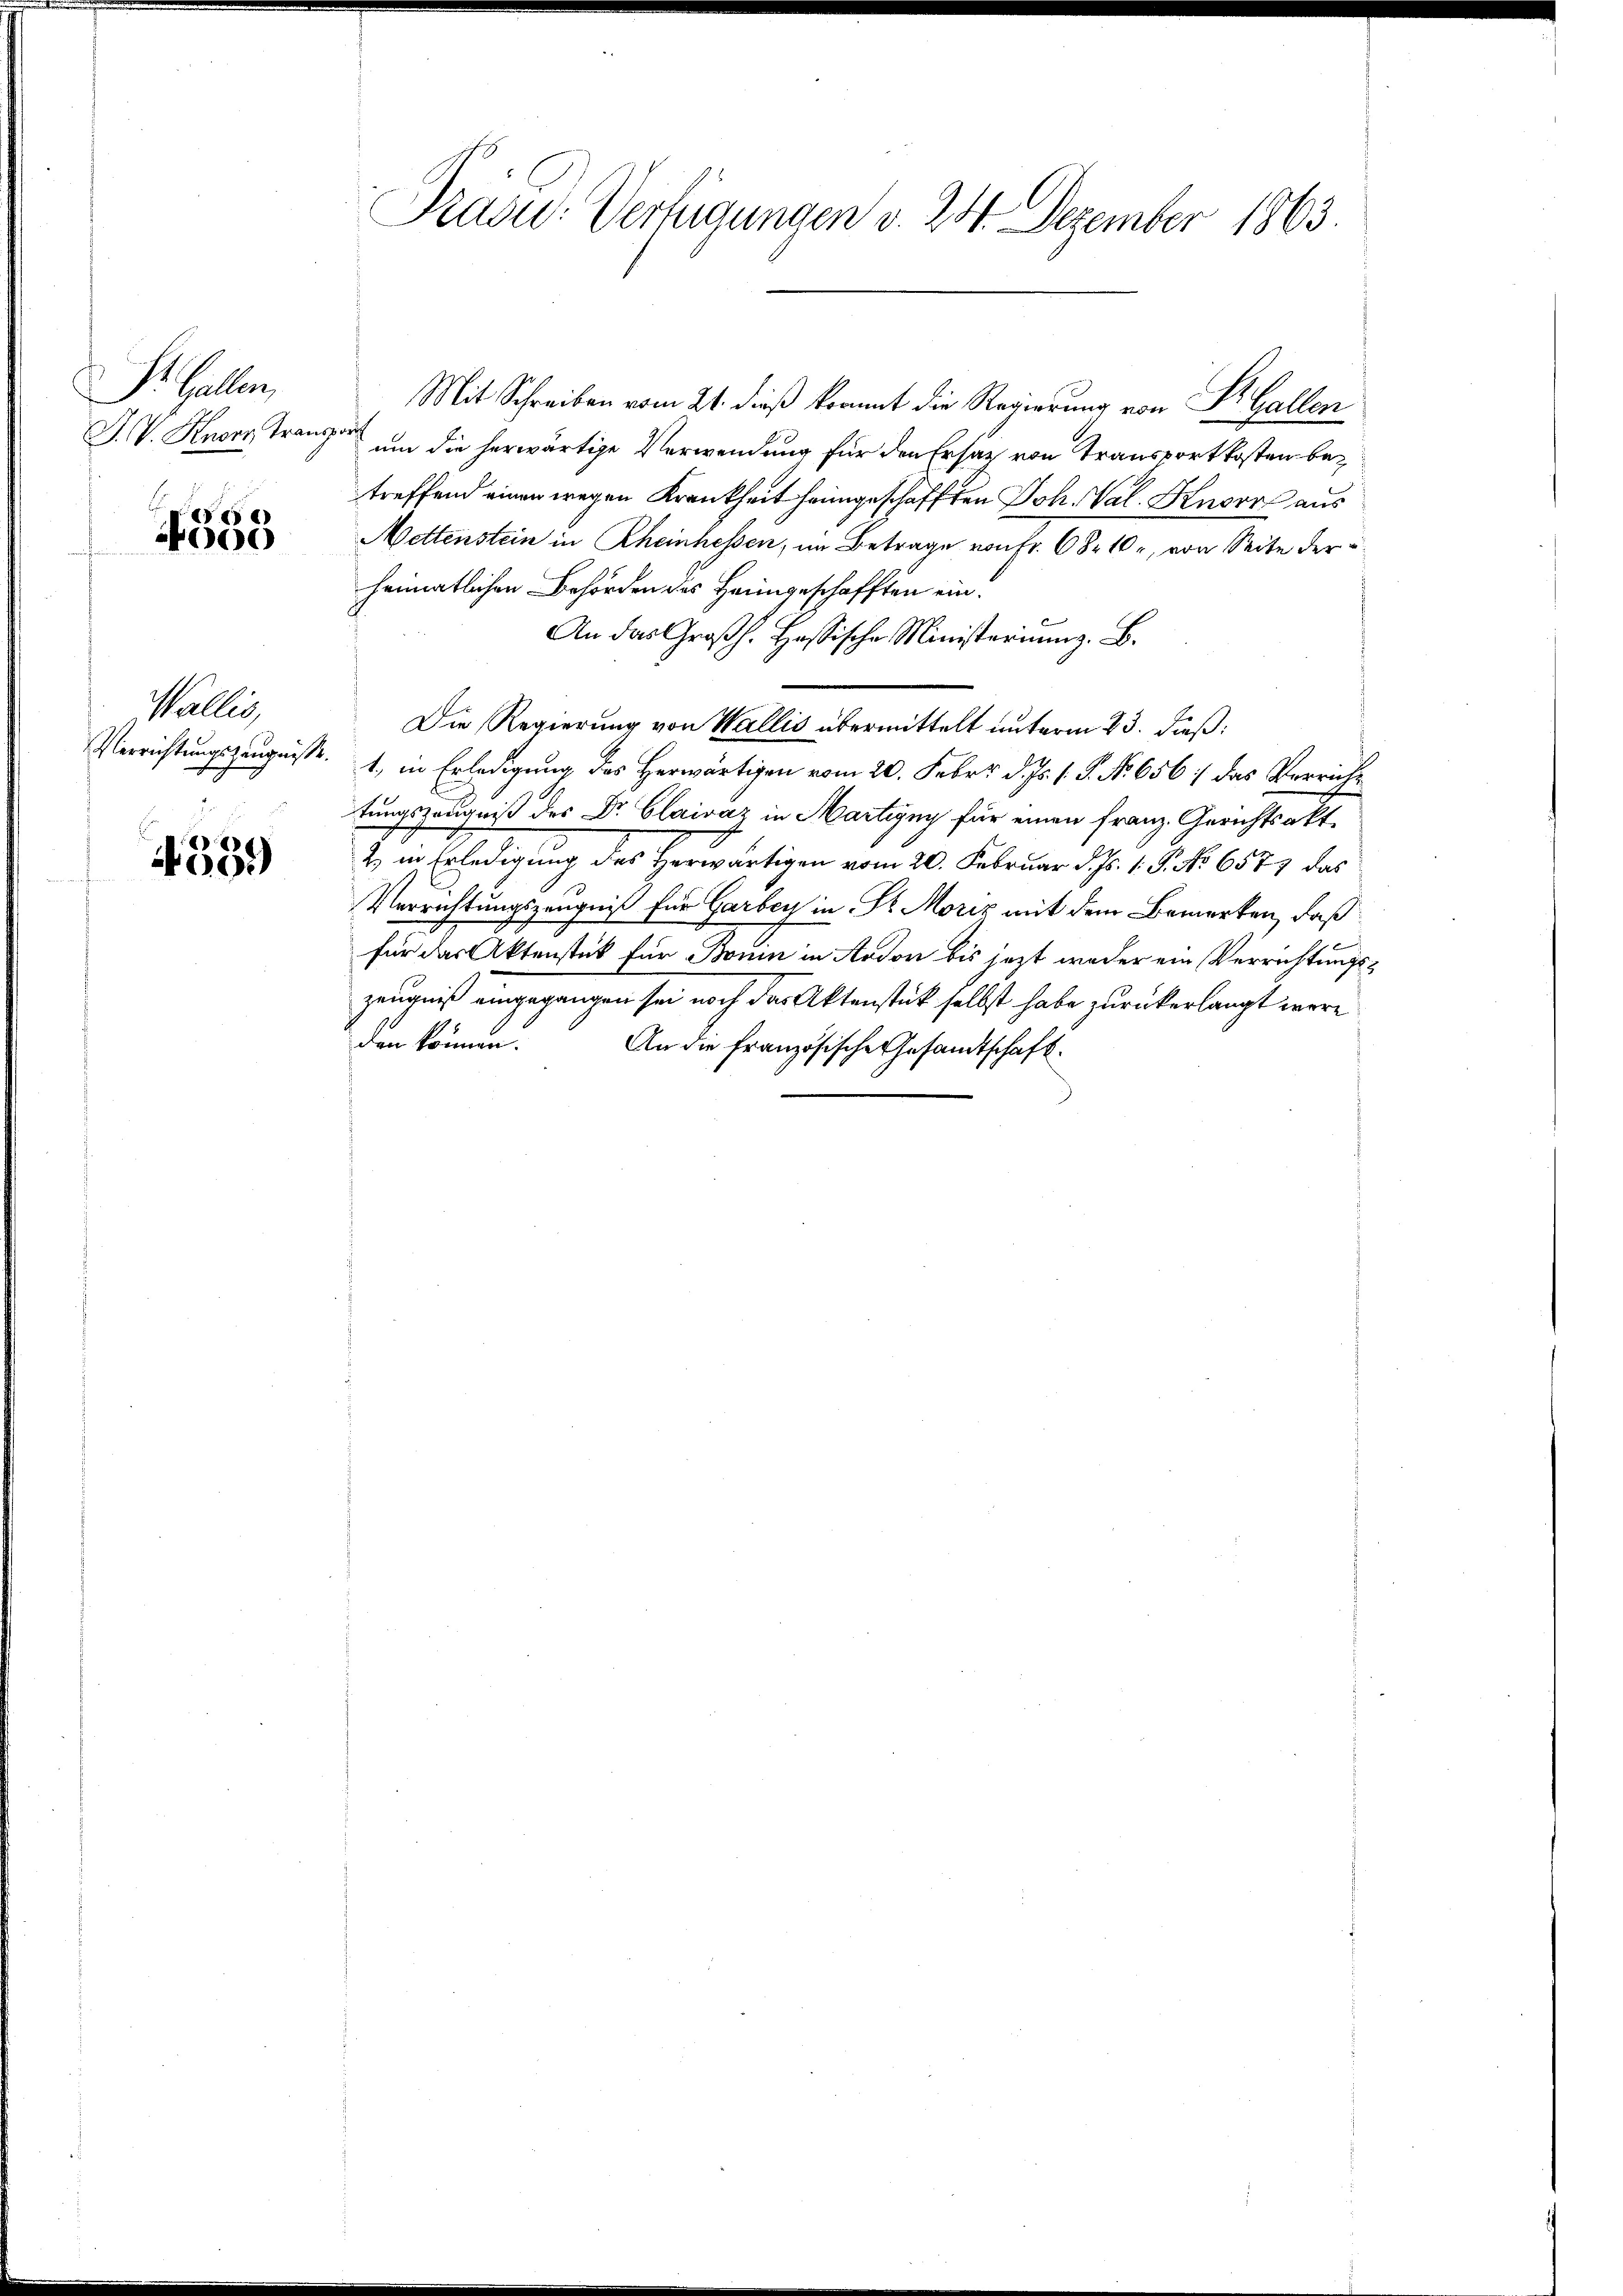
Dr. Gallen,
J. V. Knorr Tranz

d
4000

Wallei
Verrichtungszeugnisse.

4339

Präsid.: Verfügungen v. 244. Dezember 1863.

Mit Schreiben vom 21. dieß kommt die Regierung von K. Gallenwirts
um die herwärtige Verwendung für den Ersatz von Transportkosten betreffend einen wegen Krankheit heimgeschafften Joh. Val. Knorrh aus
Mettenstein in Rheinnessen, im Betrage von Fr. 68. 10, von Seite der
heimatlichen Behörden des Heimgeschafften ein¬
An das Großh. Hassische Ministeriums. B.
Die Regierung von Wallis übermittelt unterm 23. dieß:
1, in Erledigung des Herwärtigen vom 20. Febr. d. Js. 1. P. No. 656/ das Verricht
tungszeugniß des Dr. Clairaz in Martigny für einen Franz Gerichts a
2) in Erledigung des Herwärtigen vom 20. Februar d. Js. 1. P. No 6577 das
Verrichtungszeugniß für Garbey in Sr. Moriz mit dem Bemerken, daß
für das Aktenstück für Bonin in Aadon bis jezt weder ein Verrichtungs¬
Zeugniß eingegangen sei noch das Aktenstück selbst habe zurückerlangt wäre
den können.
An die Französische Gesandtschaft.